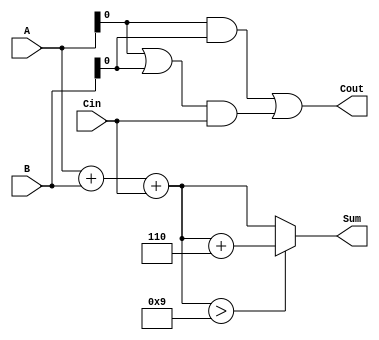
module BCD_Carry_Lookahead_Adder (
    input  [3:0] A,        // First BCD digit
    input  [3:0] B,        // Second BCD digit
    input        Cin,       // Carry-in
    output reg [3:0] Sum,   // BCD result
    output reg Cout         // Carry-out
);

    // Intermediate signals
    wire [3:0] S;          // Initial sum
    wire P;                // Propagate signal
    wire G;                // Generate signal
    wire Correction;       // Correction needed signal

    // Step 1: Initial Sum Calculation
    assign S = A + B + Cin;

    // Step 2: Carry Generation and Propagation
    assign P = A | B;      // Propagate
    assign G = A & B;      // Generate

    // Step 3: Carry Lookahead Logic
    assign Cout = G | (P & Cin); // Carry-out

    // Step 4: BCD Correction Logic
    assign Correction = (S > 4'd9); // Check if correction is needed

    // Step 5: Final BCD Sum Calculation
    always @(*) begin
        if (Correction) begin
            Sum = S + 4'd6; // Correct the sum by adding 6
        end else begin
            Sum = S;        // No correction needed
        end
    end

endmodule